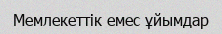
Мемлекеттік емес ұйымдар